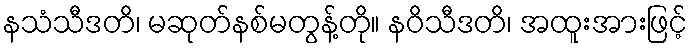
နသံသီဒတိ၊ မဆုတ်နစ်မတွန့်တို။ နဝိသီဒတိ၊ အထူးအားဖြင့်